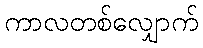
ကာလတစ်လျှောက်